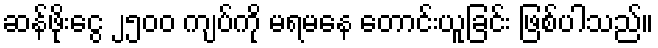
ဆန်ဖိုးငွေ ၂၅၀၀ ကျပ်ကို မရမနေ တောင်းယူခြင်း ဖြစ်ပါသည်။